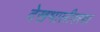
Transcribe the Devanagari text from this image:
देखभालीवरचा